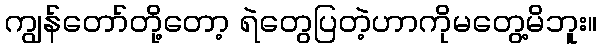
ကျွန်တော်တို့တော့ ရဲတွေပြတဲ့ဟာကိုမတွေ့မိဘူး။